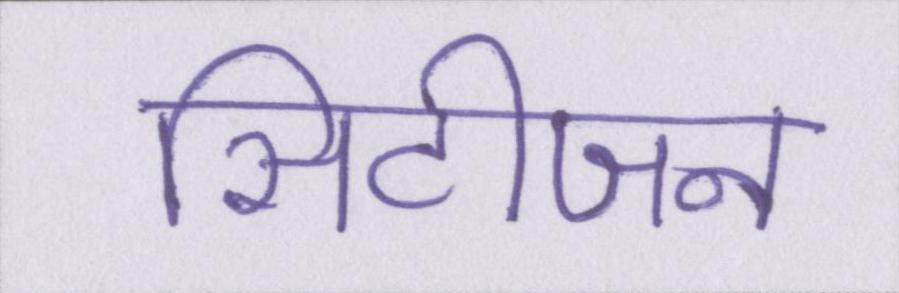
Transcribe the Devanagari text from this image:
सिटीजन